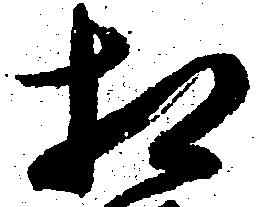
相